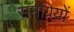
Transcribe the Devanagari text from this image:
समग्रियों